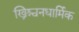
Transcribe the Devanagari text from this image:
ख्रिश्चनधार्मिक